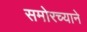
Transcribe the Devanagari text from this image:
समोरच्याने